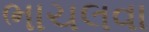
ભાચલવા